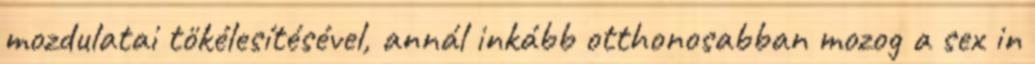
mozdulatai tökélesítésével, annál inkább otthonosabban mozog a sex in